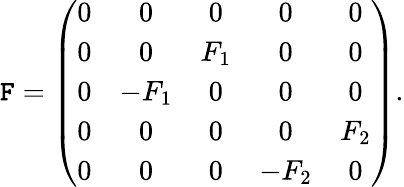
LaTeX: {\cal\mathtt{F}}=\left(\begin{array}{ccccc}{{0}}&{{0}}&{{0}}&{{0}}&{{0}}\\ {{0}}&{{0}}&{{F_{1}}}&{{0}}&{{0}}\\ {{0}}&{{-F_{1}}}&{{0}}&{{0}}&{{0}}\\ {{0}}&{{0}}&{{0}}&{{0}}&{{F_{2}}}\\ {{0}}&{{0}}&{{0}}&{{-F_{2}}}&{{0}}\end{array}\right).